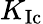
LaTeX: K_{\mathrm{{Ic}}}